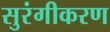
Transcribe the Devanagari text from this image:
सुरंगीकरण